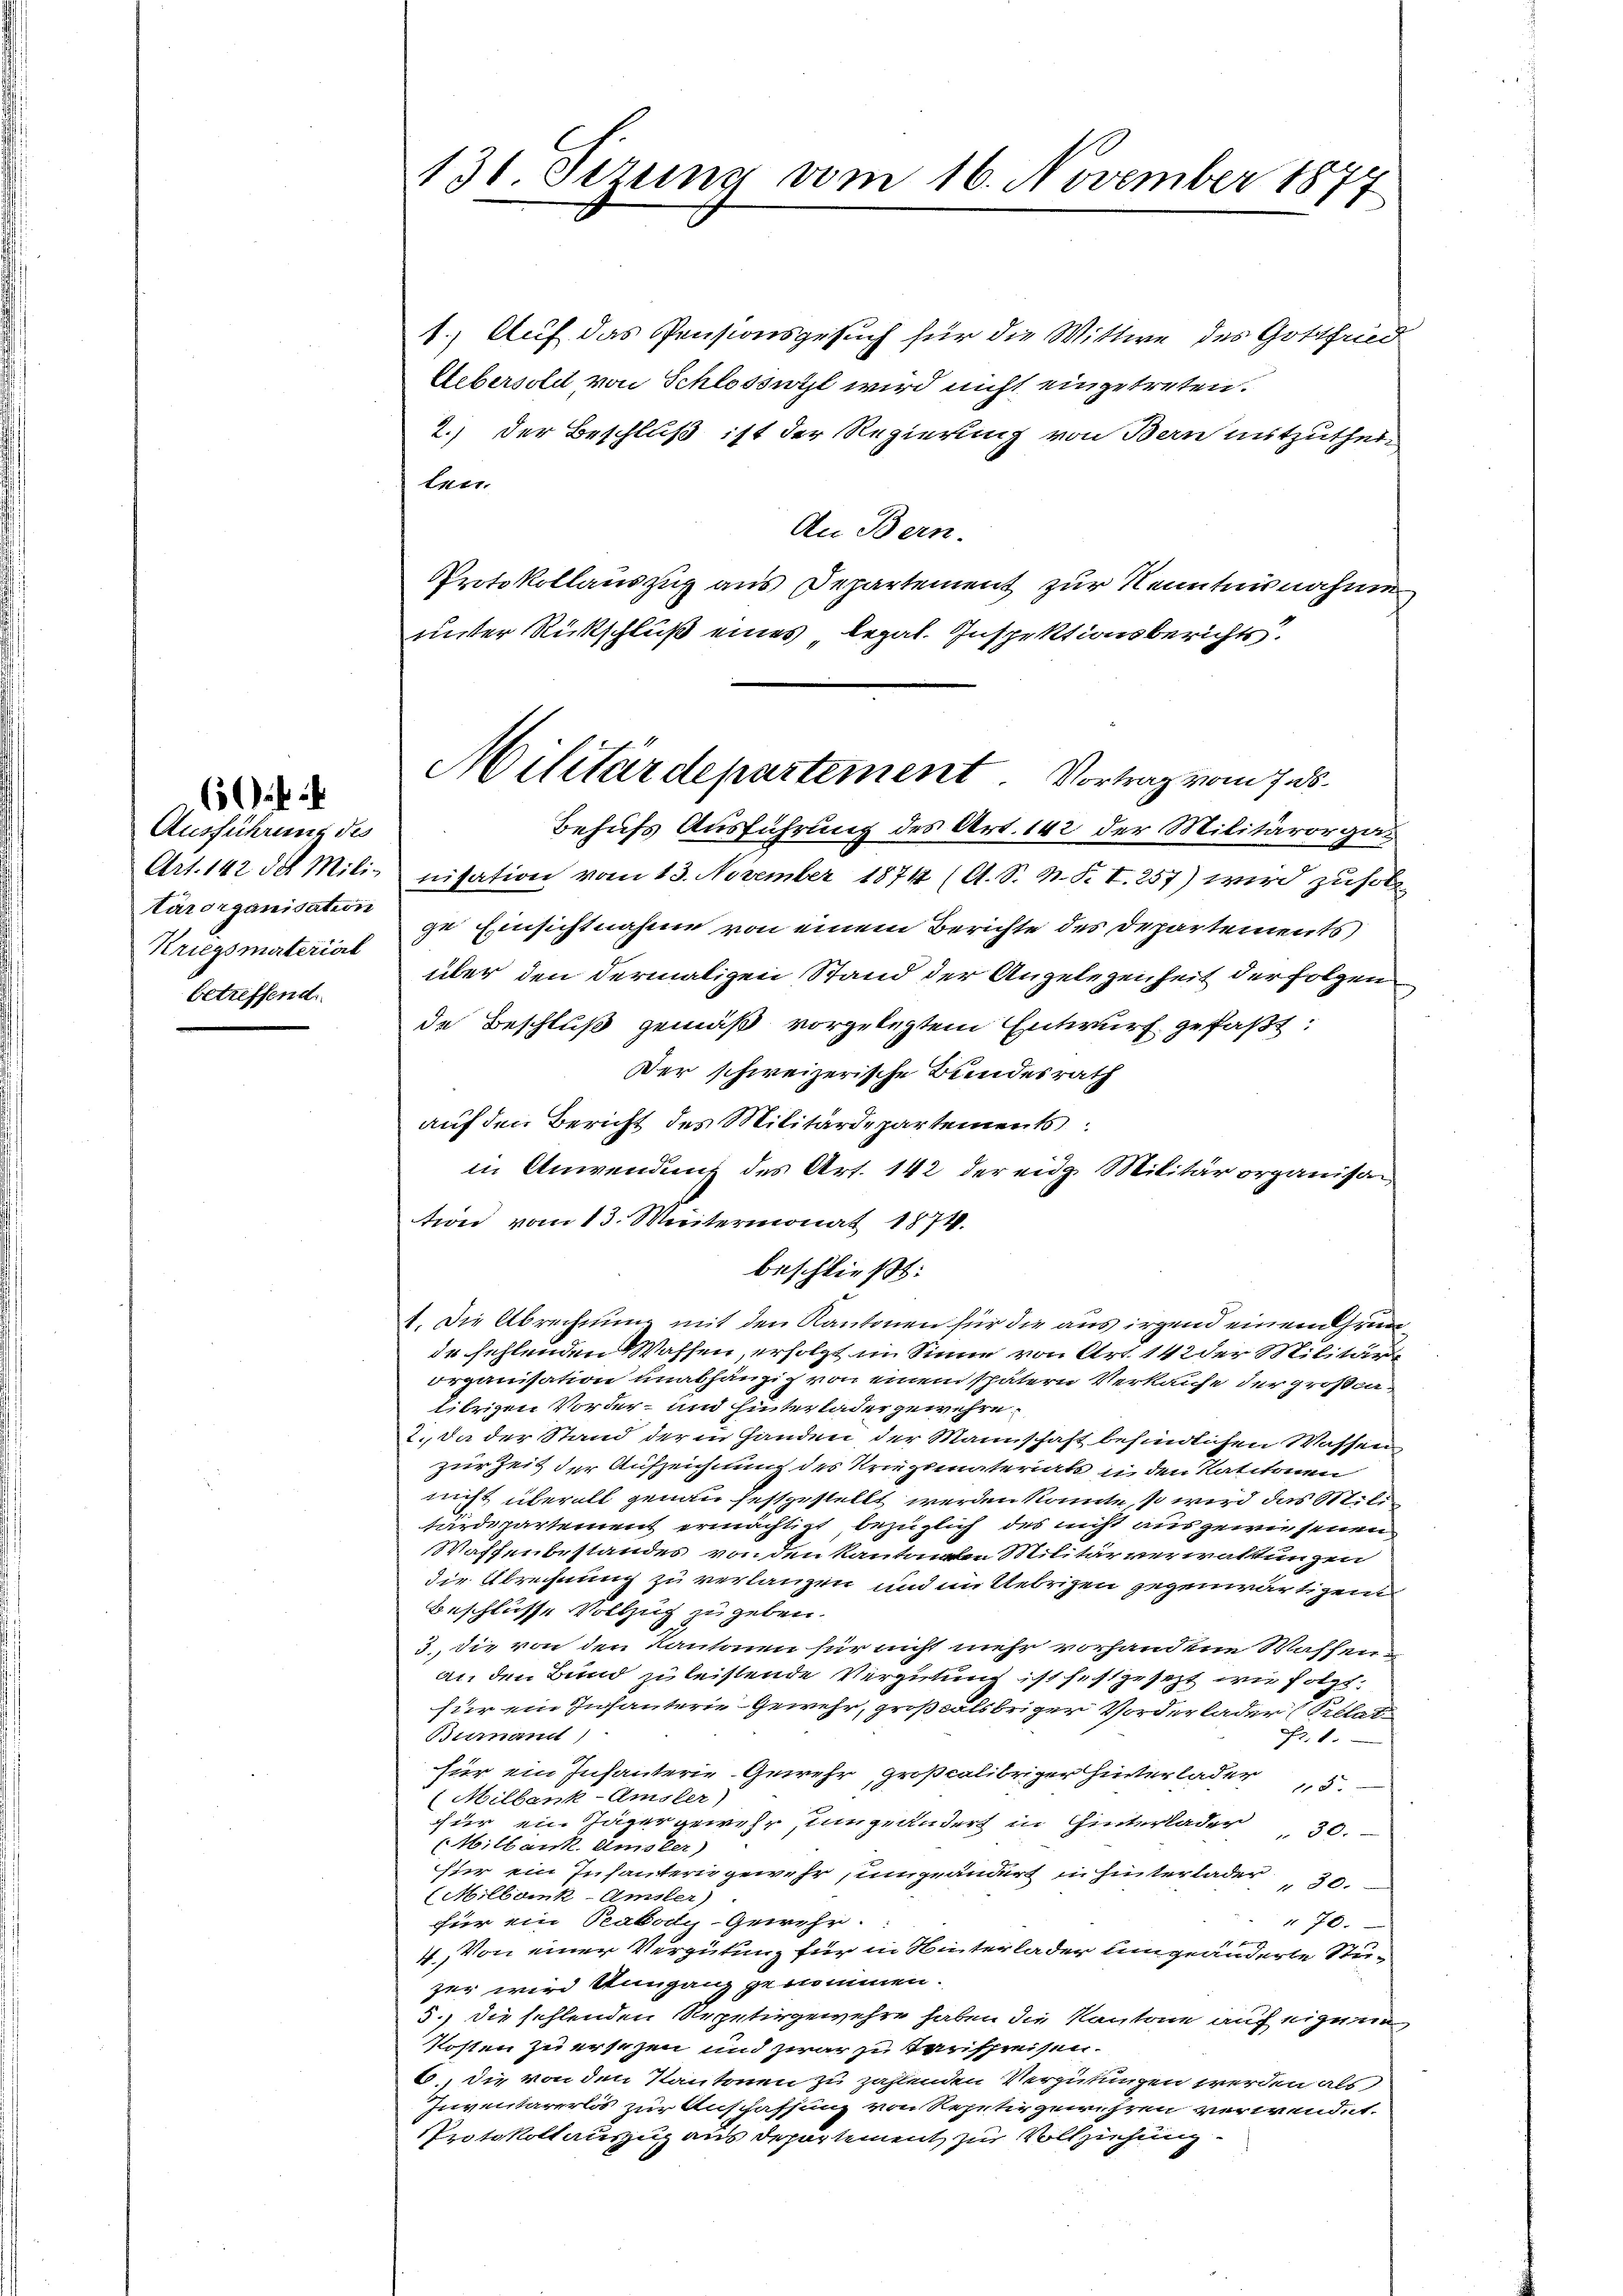
Ausführung des
Kriegsmaterial
betreffend.

1.) Auf das Pensionsgesuch für die Wittwe des Gottfrid
Uebersold von Schlossezt wird nicht eingetreten.
2.) Der Beschluß ist der Regierung von Bern mitzuthei-
ten.
An Bern.
Protokollauszug aus Departement zur Kenntnisnahme
unter Rückschluß eines legal. Inspektionsberichts.
Behufs Ausführung des Art. 142 der Militärorga¬
Art. 142 de Mili-nisation vom 13. November 1874 (A. S. h. T. T. 257) wird zuhol
Cärorganisatige Einsichtnahme von einem Berichte des Departements
über den dermaligen Stand der Angelegenheit der folgen
de Beschluß gemäß vorgelegtem Entwurf gefaßt:
Der schweizerische Bundesrath
auf den Bericht des Militärdepartements
in Anwendung des Art. 142 der eidg. Militärorganisan
tion vom 13. Weitermonat 1874.
beschließt:
1. Die Abrechnung mit den Kantonen für die aus irgend einem Grun
de fehlenden Waffen, erfolgt im Sinne von Art. 142 der Militär
Organisation unabhängig von einem spätern Verkaufe der großa-
librigen Vorder- und hinterlader gewehre.
2. Da der Stand der in Handen der Mannschaft befindlichen Wassen
zur Zeit der Aufzeichnung des Kriegsmateriats in den Katitonen
nicht überall genau festgestellt werden könnte, so wird das Militärdepartement ermächtigt, bezüglich des nicht auszern seinen
Waffenbestandes von den Kantonen Militär verwaltungen
die Abrechnung zu verlangen und im Uebrigen gegenwärtigend
Beschlüsse Vollzug u geben.
3., die von den Kantonen für nicht mehr vorhandene Wassenan den Bund zu leistende Vergütung ist festgesezt wie folgt.
für ein Infanterie-Gewehr, großcalsbriger Vorderlader (Prelat
Biemand)
1
für ein Infanterie Gewehr großcalibriger Hinterlader
15.
(Milbank-Amsler)
für ein Jäger gewehr, umgeändert in Hinterlader
" 30.
Milbank. Amster)
für ein Infanterie gewehr umgeändert in hinterlader
30.
Milbank-Amsler)
für ein Rabody-Gewehr-
" 70.
4. Von einer Vergütung für in Winterlader umgeänderte Steizer wird Uungang genommen.
5.) Die fehlenden Repetirgewehre haben die Kantone auf eigene
Kosten zu ersezen und zwar zu verspreisen.
6., die von den Kantonen zu zahlenden Vergütungen werden als
Inventarerlos zur Anschaffung von Repetir gewehren verwendet.
Protokoll auszug aus Departement zur Vollziehung

131. Sezung vom 16. November 1877

Militärdepartement. Vortrag vom 7. ds.